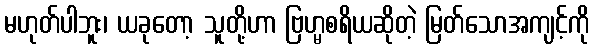
မဟုတ်ပါဘူး၊ ယခုတော့ သူတို့ဟာ ဗြဟ္မစရိယဆိုတဲ့ မြတ်သောအကျင့်ကို